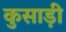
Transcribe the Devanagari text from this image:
कुसाड़ी